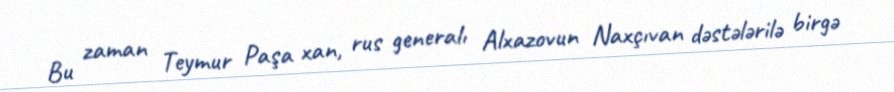
Bu zaman Teymur Paşa xan, rus generalı Alxazovun Naxçıvan dəstələrilə birgə